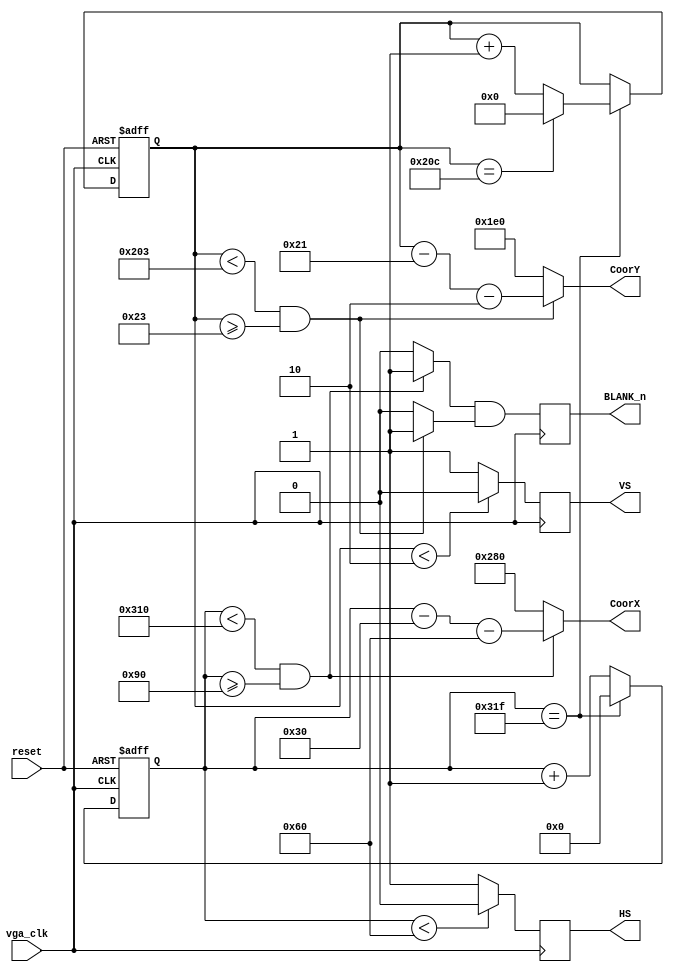
module VGA_Controller(reset,
                      		     vga_clk,
                      		     BLANK_n,
                      		     HS,
                      		     VS,
		    		     CoorX,
		     		     CoorY);
                            
input reset;
input vga_clk;
output reg BLANK_n;
output reg HS;
output reg VS;
output [10:0] CoorX;
output [9:0] CoorY;

///////////////////
/*
--VGA Timing
--Horizontal :
--                ______________                 _____________
--               |              |               |
--_______________|  VIDEO       |_______________|  VIDEO (next line)

--___________   _____________________   ______________________
--           |_|                     |_|
--            B <-C-><----D----><-E->
--           <------------A--------->
--The Unit used below are pixels;  
--  B->Sync_cycle                   :H_sync_cycle
--  C->Back_porch                   :hori_back
--  D->Visable Area
--  E->Front porch                  :hori_front
--  A->horizontal line total length :hori_line
--Vertical :
--               ______________                 _____________
--              |              |               |          
--______________|  VIDEO       |_______________|  VIDEO (next frame)
--
--__________   _____________________   ______________________
--          |_|                     |_|
--           P <-Q-><----R----><-S->
--          <-----------O---------->
--The Unit used below are horizontal lines;  
--  P->Sync_cycle                   :V_sync_cycle
--  Q->Back_porch                   :vert_back
--  R->Visable Area
--  S->Front porch                  :vert_front
--  O->vertical line total length :vert_line
*////////////////////////////////////////////
////////////////////////                       

   
//Resoultion: 640x480

parameter hori_line  = 11'd800;       //Total number of clock period in a line including the visible and not visible                
parameter hori_back  = 11'd48;
parameter hori_front = 11'd16;
parameter vert_line  = 10'd525;      //Total number of lines in a frame including the visible and not visible
parameter vert_back  = 10'd33;
parameter vert_front = 10'd10;
parameter H_sync_cycle = 11'd96;
parameter V_sync_cycle = 10'd2;

//////////////////////////

reg  [10:0] h_cnt;
reg  [9:0] v_cnt;
wire cHD,cVD,cDEN,hori_valid,vert_valid;

////////////////////////
//Calculate CoorX and CoorY

assign CoorX  = (h_cnt<(hori_line-hori_front)&&	h_cnt>=hori_back+H_sync_cycle)   ?	h_cnt-hori_back-H_sync_cycle	:	11'd640;

assign CoorY  = (v_cnt<(vert_line-vert_front)&& v_cnt>=vert_back+V_sync_cycle)	?	v_cnt-vert_back-V_sync_cycle	:	10'd480; 

//////////////////////////
//Calculate H_count and v_count

always@(negedge vga_clk,posedge reset)
begin 
  if (reset)
  begin
     h_cnt<=11'd0;
     v_cnt<=10'd0;
  end
    else
    begin
      if (h_cnt==hori_line-1)
      begin 
         h_cnt<=11'd0;
         if (v_cnt==vert_line-1)
            v_cnt<=10'd0;
         else
            v_cnt<=v_cnt+10'd1;
      end
      else
         h_cnt<=h_cnt+11'd1;
    end
end

////////////////
//Calculate HS and VS

assign cHD = (h_cnt<H_sync_cycle) ? 1'b0:1'b1;
assign cVD = (v_cnt<V_sync_cycle) ? 1'b0:1'b1 ;

///////////////////
//Calculate BLANK_N

assign hori_valid = (h_cnt<(hori_line-hori_front)&& h_cnt>=hori_back+H_sync_cycle)? 1'b1:1'b0 ;
assign vert_valid = (v_cnt<(vert_line-vert_front)&& v_cnt>=vert_back+V_sync_cycle)? 1'b1:1'b0 ;

assign cDEN = hori_valid && vert_valid;

//////////////
//Update values

always@(negedge vga_clk)
begin
  HS<=cHD;
  VS<=cVD;
  BLANK_n<=cDEN;
end

endmodule